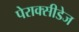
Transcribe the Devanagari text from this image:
पेराक्सीडेज